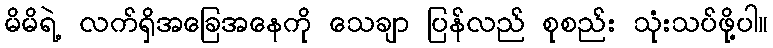
မိမိရဲ့ လက်ရှိအခြေအနေကို သေချာ ပြန်လည် စုစည်း သုံးသပ်ဖို့ပါ။